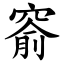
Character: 窬